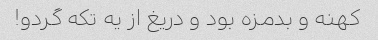
کهنه و بدمزه بود و دریغ از یه تکه گردو!